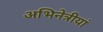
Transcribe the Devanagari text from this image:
अभिनेत्रीयां